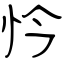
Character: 忴